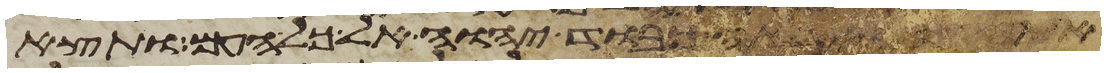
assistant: וירא כבוד יהוה אל כל העם ותצא